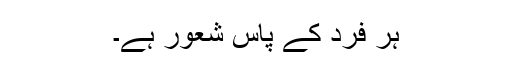
ہر فرد کے پاس شعور ہے۔